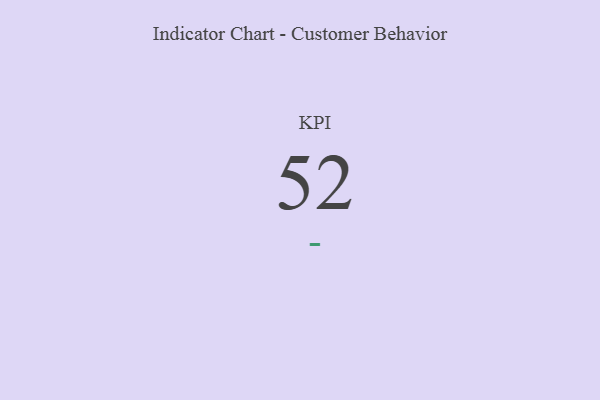
{"axis": {"x": "KPI", "y": "Value"}, "legend": [""], "data": [{"x": "KPI", "y": 52, "type": ""}]}